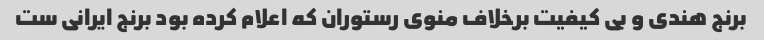
برنج هندی و بی کیفیت برخلاف منوی رستوران که اعلام کرده بود برنج ایرانی ست